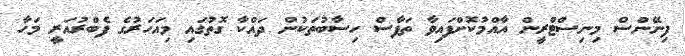
ފިނޭންސް މިނިސްޓްރީން އާއްމުކޮށްފައިވާ ތަފާސް ހިސާބުތަކުން ދައްކާ ގޮތުގައި މިއަހަރުގެ ފެބްރުއަރީ މަހާ